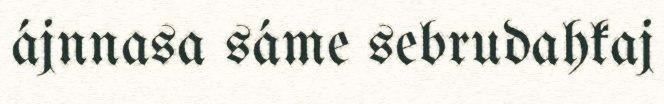
ájnnasa sáme sebrudahkaj